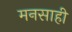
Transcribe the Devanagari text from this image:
मनसाही